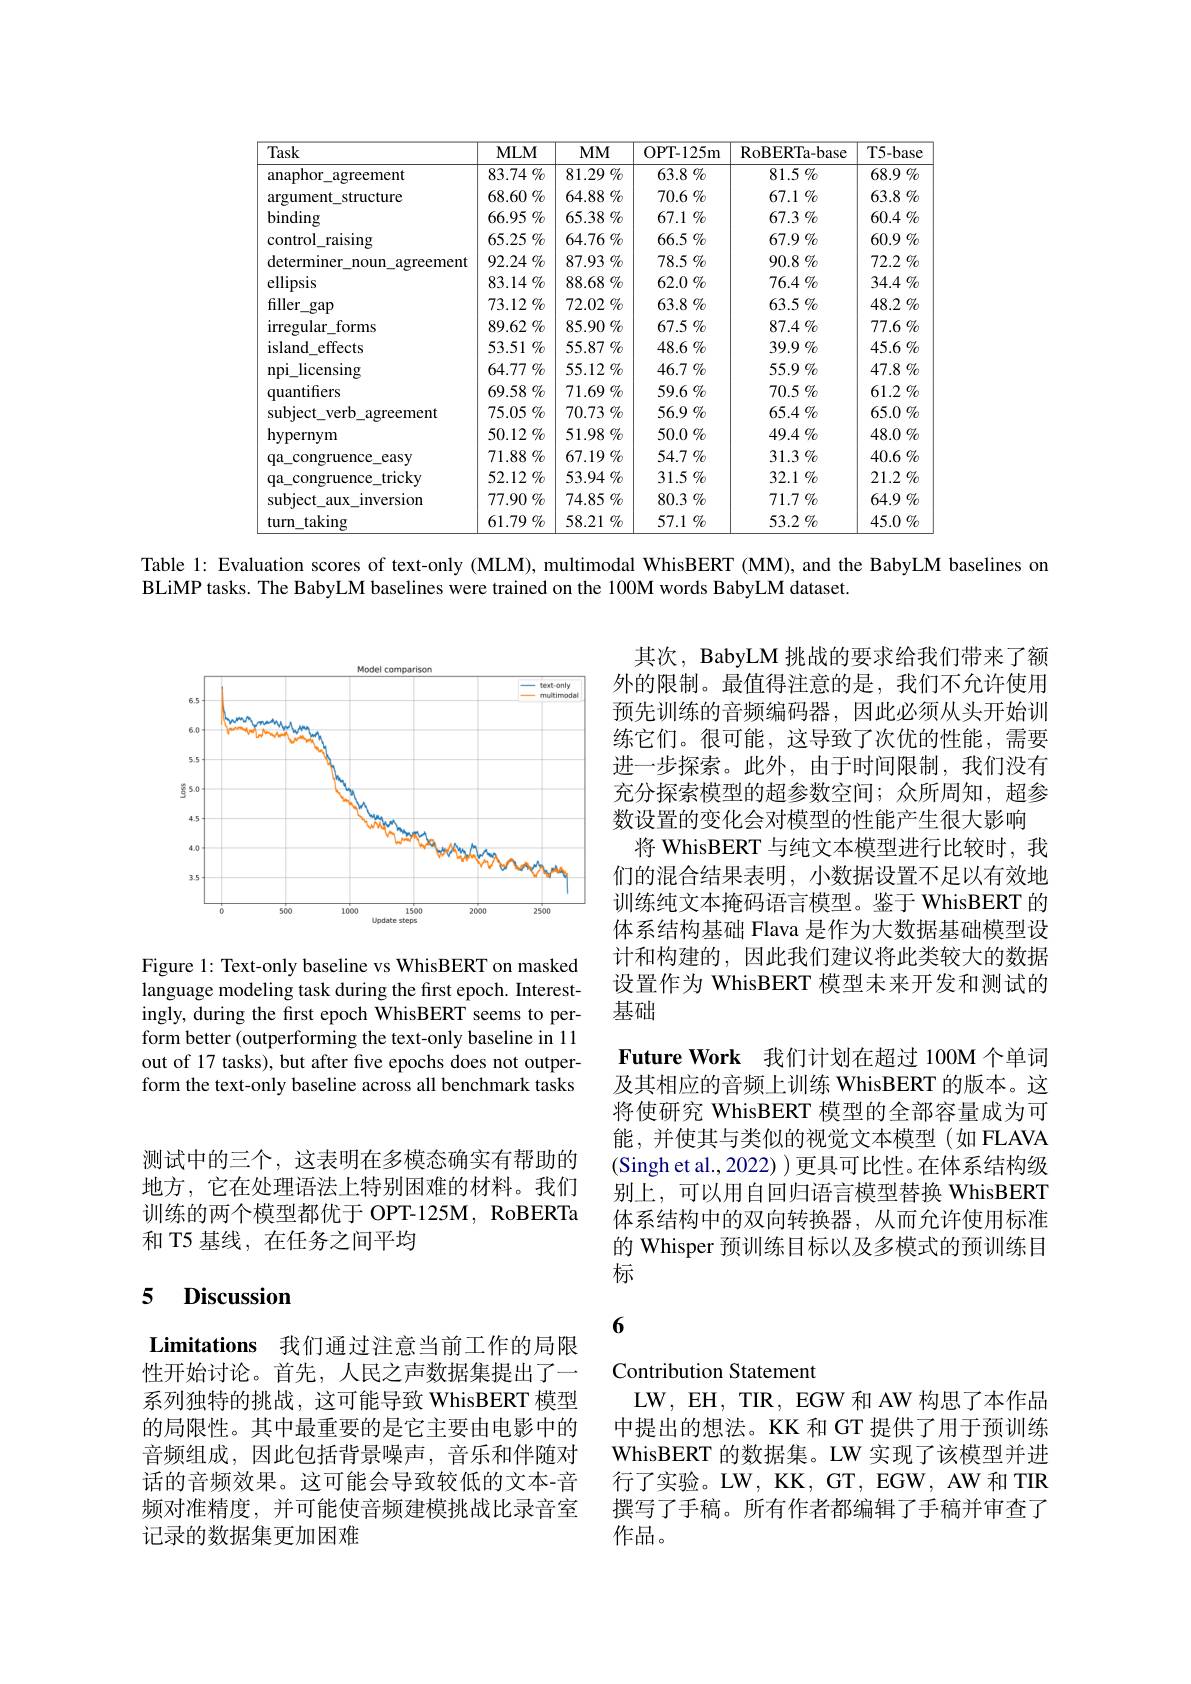
<table>
	<tbody>
		<tr>
			<th>Task</th>
			<th>$MLM$</th>
			<th>$MM$</th>
			<th>OPT- 125m</th>
			<th>RoBERTa- base</th>
			<th>T5-base</th>
		</tr>
		<tr>
			<td>anaphor agreement</td>
			<td>$83.74\%$</td>
			<td>$81.29\%$</td>
			<td>63.8 $\%$</td>
			<td>81.5 $\%$</td>
			<td>68.9 $\%$</td>
		</tr>
		<tr>
			<td>argument $=\frac{1}{2}$ structure</td>
			<td>68.60 $\%$</td>
			<td>64.88 $\%$</td>
			<td>70.6 $\%$</td>
			<td>67.1 $\%$</td>
			<td>63.8 $\%$</td>
		</tr>
		<tr>
			<td>binding</td>
			<td>66.95 $\%$</td>
			<td>65.38 $\%$</td>
			<td>67.1 $\%$</td>
			<td>67.3 $\%$</td>
			<td>60.4 $\%$</td>
		</tr>
		<tr>
			<td>control raising</td>
			<td>65.25 $\%$</td>
			<td>$64.76\%$</td>
			<td>66.5 $\%$</td>
			<td>67.9 $\%$</td>
			<td>60.9 $\%$</td>
		</tr>
		<tr>
			<td>determiner ${\mathrm{~noun}}$ agreement</td>
			<td>$92.24\%$</td>
			<td>87.93 $\%$</td>
			<td>78.5 $\%$</td>
			<td>90.8 $\%$</td>
			<td>72.2 $\%$</td>
		</tr>
		<tr>
			<td>ellipsis</td>
			<td>$83.14\%$</td>
			<td>88.68 $\%$</td>
			<td>62.0 $\%$</td>
			<td>76.4 $\%$</td>
			<td>34.4 $\%$</td>
		</tr>
		<tr>
			<td>filler gap</td>
			<td>73.12 $\%$</td>
			<td>72.02 $\%$</td>
			<td>63.8 $\%$</td>
			<td>63.5 $\%$</td>
			<td>48.2 $\%$</td>
		</tr>
		<tr>
			<td>irregular forms</td>
			<td>89.62 $\%$</td>
			<td>85.90 $\%$</td>
			<td>67.5 $\%$</td>
			<td>87.4 $\%$</td>
			<td>77.6 $\%$</td>
		</tr>
		<tr>
			<td>island effects</td>
			<td>$53.51\%$</td>
			<td>55.87 $\%$</td>
			<td>48.6 $\%$</td>
			<td>39.9 $\%$</td>
			<td>$45.6\%$</td>
		</tr>
		<tr>
			<td>npi licensing</td>
			<td>64.77 $\%$</td>
			<td>55.12 $\%$</td>
			<td>46.7 $\%$</td>
			<td>55.9 $\%$</td>
			<td>$47.8\not_{0}$</td>
		</tr>
		<tr>
			<td>quantifiers</td>
			<td>69.58 $\%$</td>
			<td>$71.69\%$</td>
			<td>59.6 $\%$</td>
			<td>70.5 $\%$</td>
			<td>61.2 $\%$</td>
		</tr>
		<tr>
			<td>subject\_verbj $\frac{1}{2}=\frac{1}{2}$ agreement</td>
			<td>75.05 $\%$</td>
			<td>70.73 $\%$</td>
			<td>56.9 $\%$</td>
			<td>65.4 $\%$</td>
			<td>65.0 $\%$</td>
		</tr>
		<tr>
			<td>hypernym</td>
			<td>50.12 $\%$</td>
			<td>51.98 $\%$</td>
			<td>50.0 $\%$</td>
			<td>49.4 $\%$</td>
			<td>48.0 $\%$</td>
		</tr>
		<tr>
			<td>qa\_congruence\_easy</td>
			<td>71.88 $\%$</td>
			<td>$67.19\%$</td>
			<td>54.7 $\%$</td>
			<td>31.3 $\%$</td>
			<td>40.6 $\%$</td>
		</tr>
		<tr>
			<td>qa congruence 1 tricky</td>
			<td>52.12 $\%$</td>
			<td>$53.94\%$</td>
			<td>31.5 $\%$</td>
			<td>32.1 $\%$</td>
			<td>21.2 $\%$</td>
		</tr>
		<tr>
			<td>subject aux inversion</td>
			<td>$77.90\%$</td>
			<td>74.85 $\%$</td>
			<td>80.3 $\%$</td>
			<td>71.7 $\%$</td>
			<td>64.9 $\%$</td>
		</tr>
		<tr>
			<td>turn taking</td>
			<td>$61.79\%$</td>
			<td>$58.21\%$</td>
			<td>57.1 $\%$</td>
			<td>53.2 $\%$</td>
			<td>45.0 $\%$</td>
		</tr>
	</tbody>
</table>

Table l: Evaluation scores of text-only (MLM), multimodal WhisBERT (MM), and the BabyLM baselines on

BLiMP tasks. The BabyLM baselines were trained on the 100M words BabyLM dataset.

<FigureHere>

其次，BabyLM 挑战的要求给我们带来了额外的限制。最值得注意的是，我们不允许使用预先训练的音频编码器，因此必须从头开始训练它们。很可能，这导致了次优的性能，需要进一步探索。此外，由于时间限制，我们没有充分探索模型的超参数空间；众所周知，超参数设置的变化会对模型的性能产生很大影响
将 WhisBERT 与纯文本模型进行比较时，我们的混合结果表明，小数据设置不足以有效地训练纯文本掩码语言模型。鉴于 WhisBERT 的体系结构基础 Flava 是作为大数据基础模型设计和构建的，因此我们建议将此类较大的数据设置作为 WhisBERT 模型未来开发和测试的基础
Future Work 我们计划在超过 100M 个单词及其相应的音频上训练 WhisBERT 的版本。这将使研究 WhisBERT 模型的全部容量成为可能，并使其与类似的视觉文本模型(如 FLAVA (Singh et al., 2022) ) 更具可比性。在体系结构级别上，可以用自回归语言模型替换 WhisBERT 体系结构中的双向转换器，从而允许使用标准的 Whisper 预训练目标以及多模式的预训练目标

Figure 1: Text-only baseline vs WhisBERT on masked language modeling task during the first epoch. Interestingly, during the first epoch WhisBERT seems to perform better (outperforming the text-only baseline in 11 out of 17 tasks), but after five epochs does not outperform the text-only baseline across all benchmark tasks

测试中的三个，这表明在多模态确实有帮助的地方，它在处理语法上特别困难的材料。我们训练的两个模型都优于 OPT-125M, RoBERTa 和 T5 基线，在任务之间平均

### 5 Discussion

6

Limitations 我们通过注意当前工作的局限性开始讨论。首先，人民之声数据集提出了一系列独特的挑战，这可能导致 WhisBERT 模型的局限性。其中最重要的是它主要由电影中的音频组成，因此包括背景噪声，音乐和伴随对话的音频效果。这可能会导致较低的文本-音频对准精度，并可能使音频建模挑战比录音室记录的数据集更加困难

Contribution Statement
LW, EH, TIR, EGW 和 AW 构思了本作品中提出的想法。KK 和 GT 提供了用于预训练WhisBERT 的数据集。LW 实现了该模型并进行了实验。LW, KK, GT, EGW, AW 和 TIR 撰写了手稿。所有作者都编辑了手稿并审查了作品。